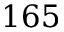
1 6 5